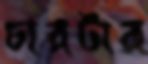
চারটার